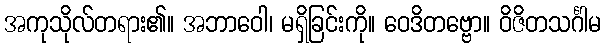
အကုသိုလ်တရား၏။ အဘာဝေါ၊ မရှိခြင်းကို။ ဝေဒိတဗ္ဗော။ ဝိဇိတသင်္ဂါမ